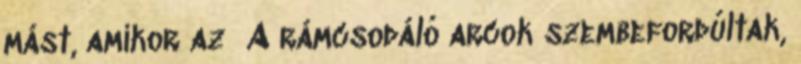
mást, amikor az A rámcsodáló arcok szembefordúltak,